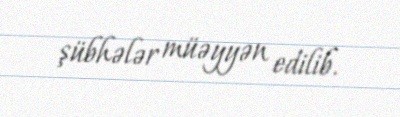
şübhələr müəyyən edilib.